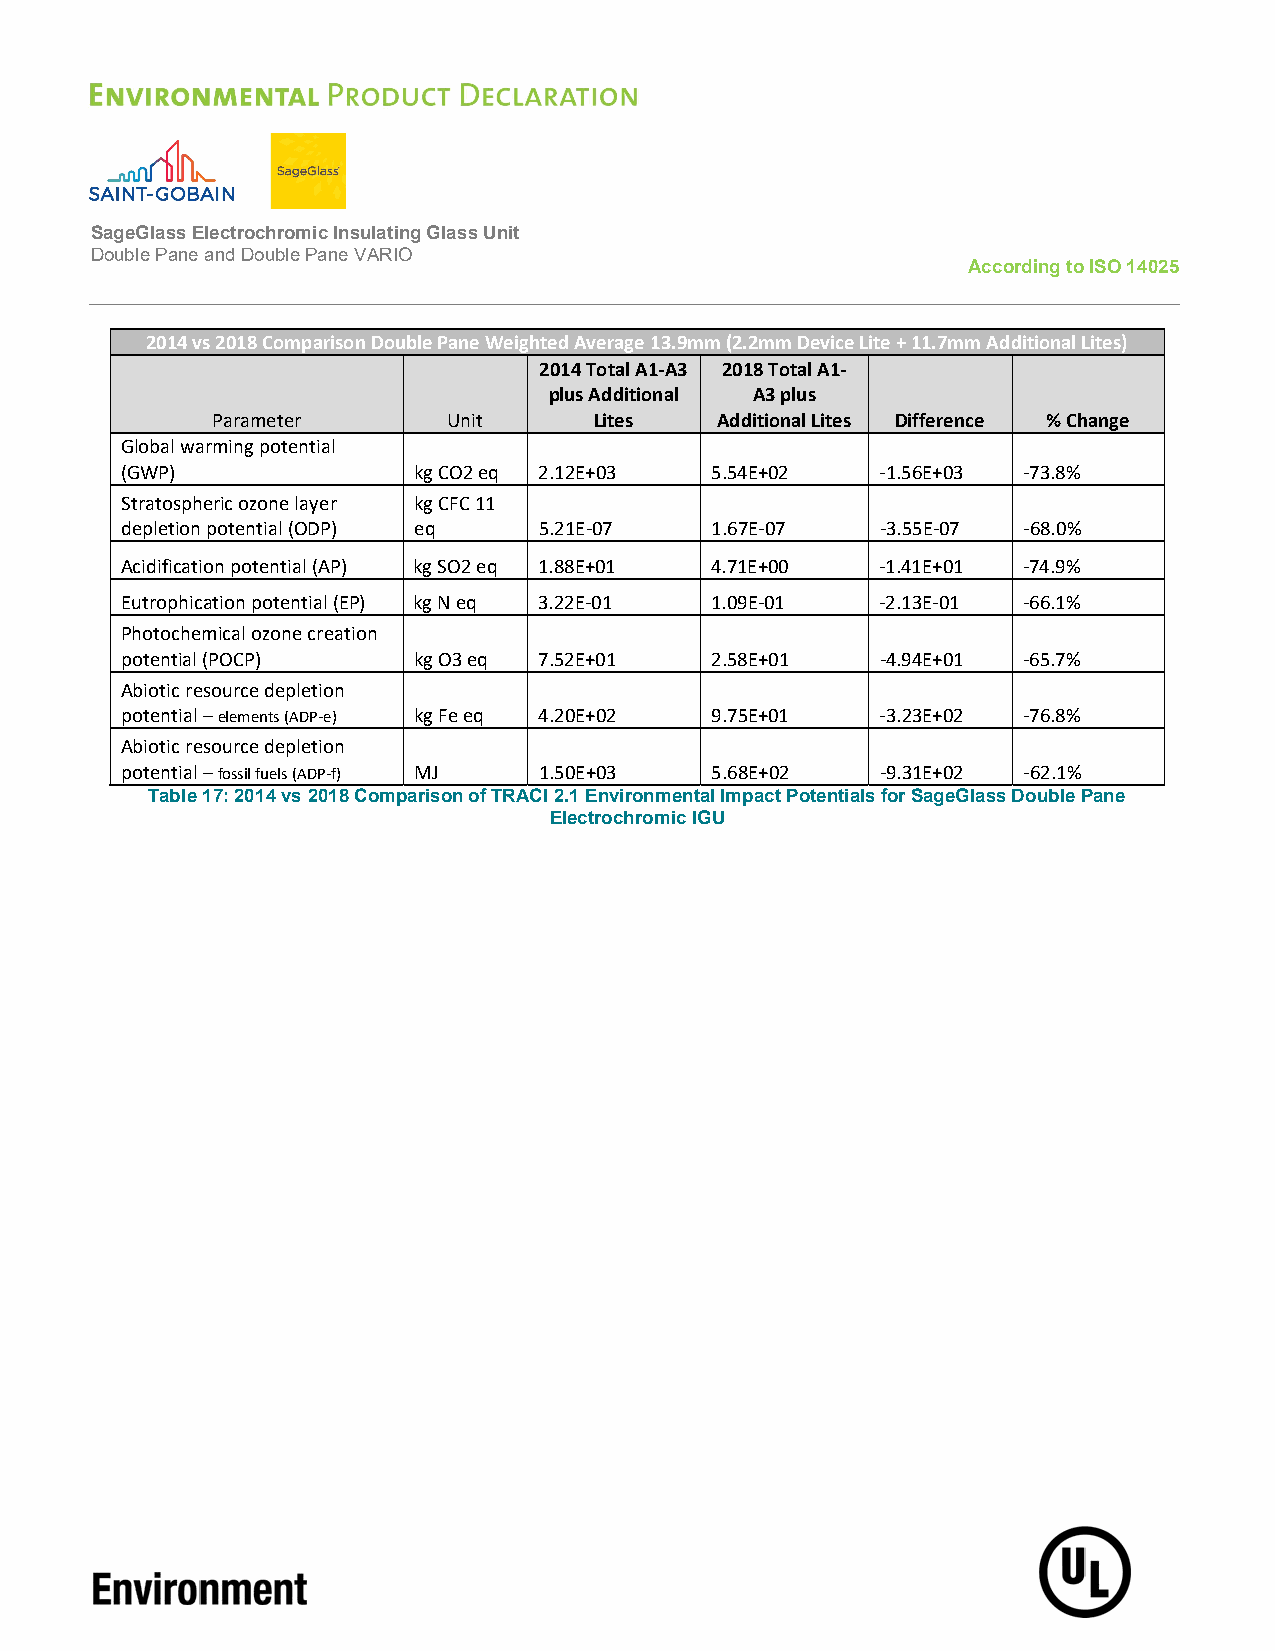
SageGlass Electrochromic Insulating Glass Unit
 Double Pane and Double Pane VARIO
 According to ISO 14025
 2014 vs 2018 Comparison Double Pane Weighted Average 13.9mm (2.2mm Device Lite + 11.7mm Additional Lites)
 2014 Total A1-A3 2018 Total A1-
 plus Additional A3 plus
 Parameter       Unit     Lites   Additional Lites Difference % Change
 Global warming potential
 (GWP)              kg CO2 eq 2.12E+03  5.54E+02   -1.56E+03 -73.8%
 Stratospheric ozone layer kg CFC 11
 depletion potential (ODP) eq 5.21E-07  1.67E-07   -3.55E-07 -68.0%
 Acidification potential (AP) kg SO2 eq 1.88E+01 4.71E+00 -1.41E+01 -74.9%
 Eutrophication potential (EP) kg N eq 3.22E-01 1.09E-01 -2.13E-01 -66.1%
 Photochemical ozone creation
 potential (POCP)   kg O3 eq 7.52E+01   2.58E+01   -4.94E+01 -65.7%
 Abiotic resource depletion
 potential – elements (ADP-e) kg Fe eq 4.20E+02 9.75E+01 -3.23E+02 -76.8%
 Abiotic resource depletion
 potential – fossil fuels (ADP-f) MJ 1.50E+03 5.68E+02 -9.31E+02 -62.1%
 Table 17: 2014 vs 2018 Comparison of TRACI 2.1 Environmental Impact Potentials for SageGlass Double Pane
 Electrochromic IGU